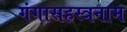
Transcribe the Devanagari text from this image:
गंगासहस्त्रनाम